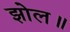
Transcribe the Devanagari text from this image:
झोल॥